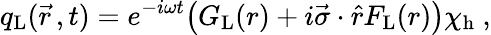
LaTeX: q_{\mathrm{L}}(\vec{r}\, ,t)=e^{-i\omega t}\bigl(G_{\mathrm{L}}(r)+i\vec{\sigma}\cdot\hat{r}F_{\mathrm{L}}(r)\bigr)\chi_{\mathrm{h}}\ ,